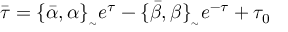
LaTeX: \bar { \tau } = \{ \bar { \alpha } , \alpha \} _ { _ { \sim } } e ^ { \tau } - \{ \bar { \beta } , \beta \} _ { _ { \sim } } e ^ { - \tau } + \tau _ { 0 }